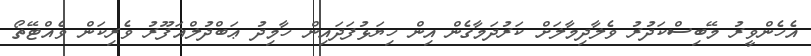
އެހެންވީރު މޭބިސްކަދުރު ވެލާދިމާލަށް ކަރުދަމާގެން އިން ހިޔަޅުފަދައިން ހާމިދު ޢަބްދުލްޣަފޫރު ވެރިކަން ވެއްޓޭތޯ